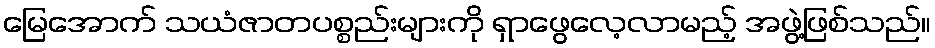
မြေအောက် သယံဇာတပစ္စည်းများကို ရှာဖွေလေ့လာမည့် အဖွဲ့ဖြစ်သည်။